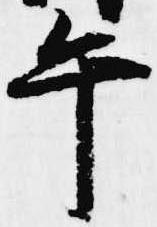
午